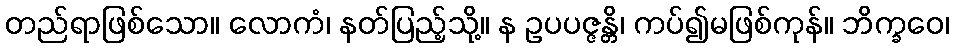
တည်ရာဖြစ်သော။ လောကံ၊ နတ်ပြည့်သို့။ န ဥပပဇ္ဇန္တိ၊ ကပ်၍မဖြစ်ကုန်။ ဘိက္ခဝေ၊